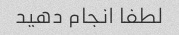
لطفا انجام دهید